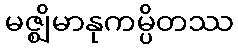
မဇ္ဈိမာနုကမ္ပိတဿ